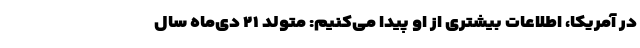
در آمریکا، اطلاعات بیشتری از او پیدا می‌کنیم: متولد ۲۱ دی‌ماه سال